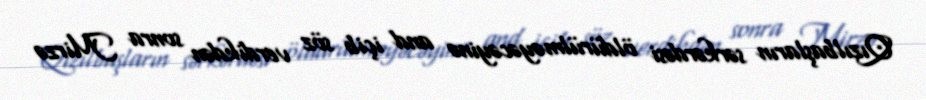
Qızılbaşların sərkərdəsi öldürülməyəcəyinə and içib söz verdikdən sonra Mirzə